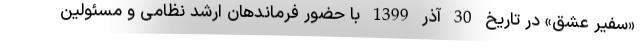
«سفیر عشق» در تاریخ 30 آذر 1399 با حضور فرماندهان ارشد نظامی و مسئولین